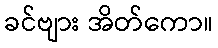
ခင်ဗျား အိတ်ကော။